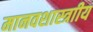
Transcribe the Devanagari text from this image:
मानवशास्त्राीय